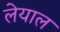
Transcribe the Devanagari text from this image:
लेयाल